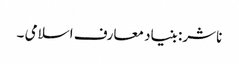
ناشر: بنیاد معارف اسلامی ۔